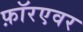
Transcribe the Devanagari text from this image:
फ़ॉरएवर